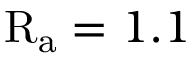
\mathrm { R _ { a } } = 1 . 1